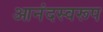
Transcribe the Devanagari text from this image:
आनंदस्वरूप